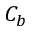
C _ { b }